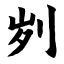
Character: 刿